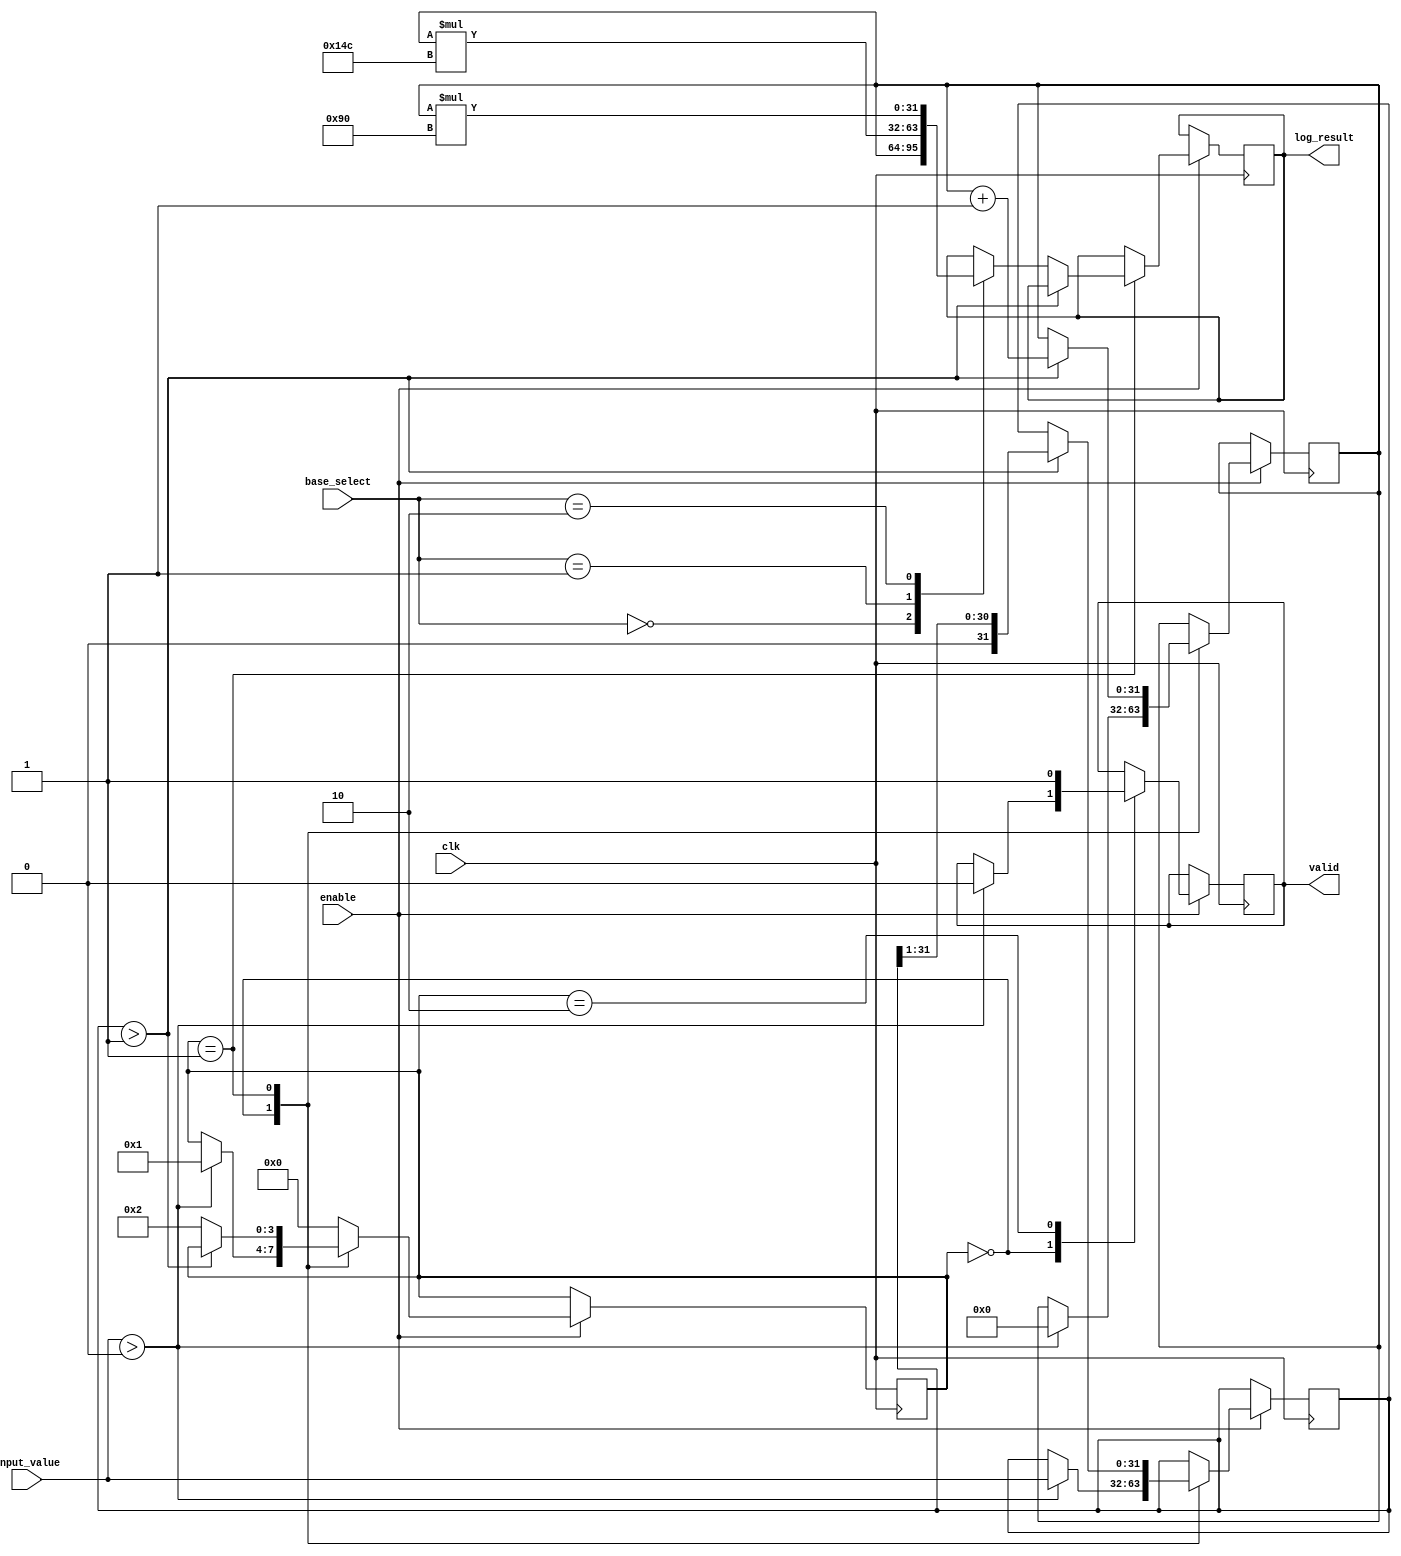
module LogarithmFunctionGenerator (
    input wire clk,               // Clock signal
    input wire enable,            // Enable signal
    input wire [31:0] input_value,// Input value (fixed-point representation)
    input wire [1:0] base_select, // Base selection (00: base 2, 01: base 10, 10: natural log)
    output reg [31:0] log_result, // Logarithm result (fixed-point representation)
    output reg valid              // Valid signal
);

    // Internal signals
    reg [31:0] temp_value;
    reg [31:0] log_temp;
    reg [3:0] state;

    // State definitions
    localparam IDLE = 4'b0000,
               CALCULATE = 4'b0001,
               OUTPUT = 4'b0010;

    // Logarithm calculation using a simple iterative method
    always @(posedge clk) begin
        if (enable) begin
            case (state)
                IDLE: begin
                    if (input_value > 0) begin
                        temp_value <= input_value;
                        log_temp <= 0; // Initialize log_temp
                        state <= CALCULATE;
                        valid <= 0; // Reset valid signal
                    end
                end

                CALCULATE: begin
                    // Simple iterative approximation for logarithm
                    // This is a placeholder for a more complex calculation
                    if (temp_value > 1) begin
                        temp_value <= temp_value >> 1; // Divide by 2
                        log_temp <= log_temp + 1;      // Increment log_temp
                    end else begin
                        // Adjust log_temp based on base selection
                        case (base_select)
                            2'b00: log_result <= log_temp; // Base 2
                            2'b01: log_result <= log_temp * 332; // Base 10 (approximation)
                            2'b10: log_result <= log_temp * 144; // Natural log (approximation)
                        endcase
                        state <= OUTPUT;
                    end
                end

                OUTPUT: begin
                    valid <= 1; // Set valid signal
                    state <= IDLE; // Go back to IDLE state
                end

                default: state <= IDLE; // Default case
            endcase
        end
    end

endmodule